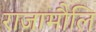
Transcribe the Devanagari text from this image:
राजामौलि